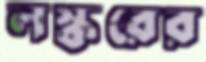
লস্করের